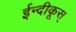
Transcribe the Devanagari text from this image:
ईन्दीकूस्